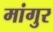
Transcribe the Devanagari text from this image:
मांगुर